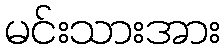
မင်းသားအား